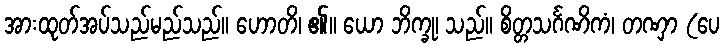
အားထုတ်အပ်သည်မည်သည်။ ဟောတိ၊ ၏။ ယော ဘိက္ခု၊ သည်။ စိတ္တသင်္ဂဏိကံ၊ တဏှာ (ပေ